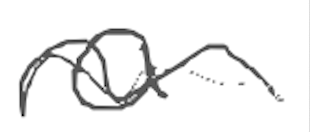
Text: a
Cross-out: wave
Writing tool: digital_gray